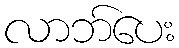
လာဘ်ပေး